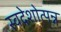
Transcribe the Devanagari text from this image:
स्वदेशोत्पन्न